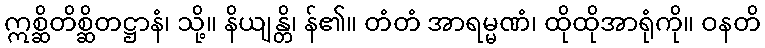
ဣစ္ဆိတိစ္ဆိတဋ္ဌာနံ၊ သို့။ နိယျန္တိ၊ န်၏။ တံတံ အာရမ္မဏံ၊ ထိုထိုအာရုံကို။ ဝနတိ